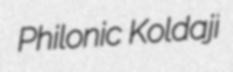
Philonic Koldaji